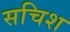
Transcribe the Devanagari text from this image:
सचिश